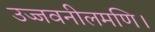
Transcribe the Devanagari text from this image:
उज्जवनीलमणि।